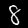
Digit: 8